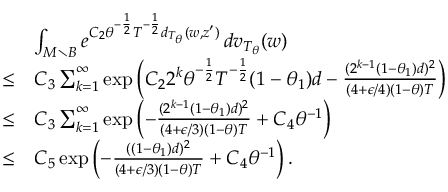
\begin{array} { r l } & { \int _ { M \setminus B } e ^ { C _ { 2 } \theta ^ { - \frac 1 2 } T ^ { - \frac 1 2 } d _ { T _ { \theta } } ( w , z ^ { \prime } ) } \, d v _ { T _ { \theta } } ( w ) } \\ { \le } & { C _ { 3 } \sum _ { k = 1 } ^ { \infty } \exp \left( C _ { 2 } 2 ^ { k } \theta ^ { - \frac 1 2 } T ^ { - \frac 1 2 } ( 1 - \theta _ { 1 } ) d - \frac { ( 2 ^ { k - 1 } ( 1 - \theta _ { 1 } ) d ) ^ { 2 } } { ( 4 + \epsilon / 4 ) ( 1 - \theta ) T } \right) } \\ { \le } & { C _ { 3 } \sum _ { k = 1 } ^ { \infty } \exp \left( - \frac { ( 2 ^ { k - 1 } ( 1 - \theta _ { 1 } ) d ) ^ { 2 } } { ( 4 + \epsilon / 3 ) ( 1 - \theta ) T } + C _ { 4 } \theta ^ { - 1 } \right) } \\ { \le } & { C _ { 5 } \exp \left( - \frac { ( ( 1 - \theta _ { 1 } ) d ) ^ { 2 } } { ( 4 + \epsilon / 3 ) ( 1 - \theta ) T } + C _ { 4 } \theta ^ { - 1 } \right) . } \end{array}